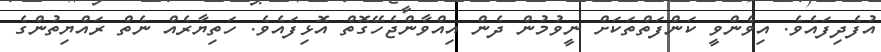
އުފެދިފައެވެ. އިވެންވީ ކަންފަތްތަކަށް ނީވުމުން ދެން އިއްވާންޖެހޭގޮތް އޮޅިފައެވެ. ހަތިޔާރެއް ނެތް ރައްޔިތުންގެ